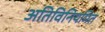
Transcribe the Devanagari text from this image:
अतिविनियमित